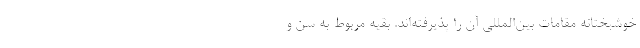
خوشبختانه مقامات بین‌المللی آن را پذیرفته‌اند. بقیه مربوط به سن و